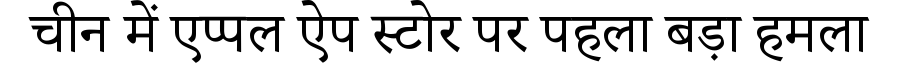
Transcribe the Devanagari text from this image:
चीन में एप्पल ऐप स्टोर पर पहला बड़ा हमला